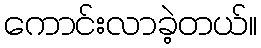
ကောင်းလာခဲ့တယ်။